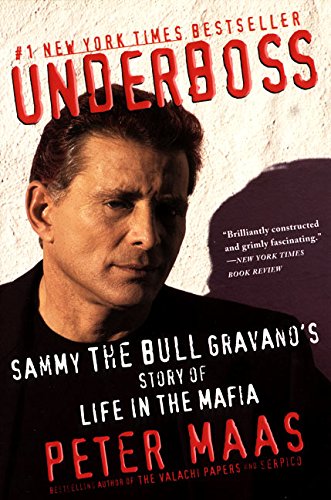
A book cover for Underboss: Sammy the Bull Gravano's Story of Life in the Mafia; Peter Maas; Biographies & Memoirs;